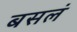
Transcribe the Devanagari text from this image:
बसलं